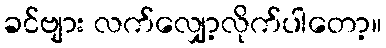
ခင်ဗျား လက်လျှော့လိုက်ပါတော့။